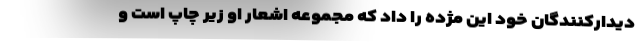
دیدارکنندگان خود این مژده را داد که مجموعه اشعار او زیر چاپ است و